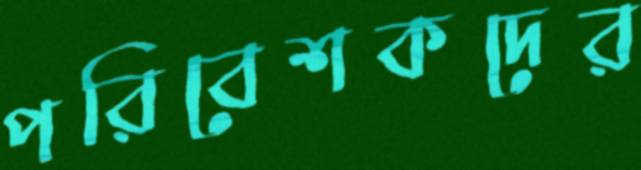
পরিবেশকদের